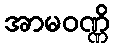
အာမဝဏ္ဏိ